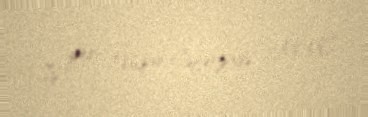
İş yeri: "Vüqar Cəfərzadə" MMC